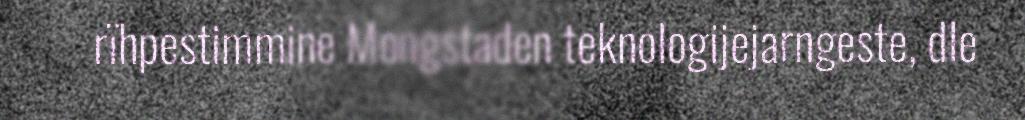
rïhpestimmine Mongstaden teknologijejarngeste, dle